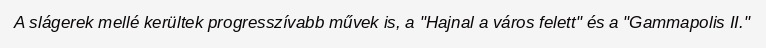
A slágerek mellé kerültek progresszívabb művek is, a "Hajnal a város felett" és a "Gammapolis II."